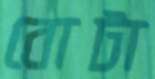
বোটা